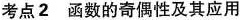
考点2 函数的奇偶性及其应用